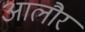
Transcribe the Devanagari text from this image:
आलौर